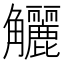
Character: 𧥖